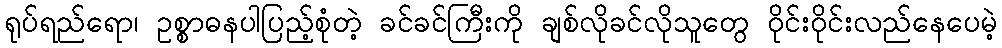
ရုပ်ရည်ရော၊ ဥစ္စာဓနပါပြည့်စုံတဲ့ ခင်ခင်ကြီးကို ချစ်လိုခင်လိုသူတွေ ဝိုင်းဝိုင်းလည်နေပေမဲ့